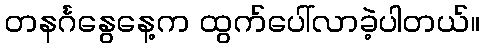
တနင်္ဂနွေနေ့က ထွက်ပေါ်လာခဲ့ပါတယ်။